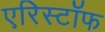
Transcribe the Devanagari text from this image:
एरिस्टॉफ